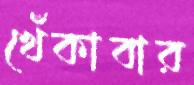
খেঁকাবার